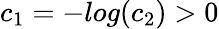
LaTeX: c_{1}=-log(c_{2})>0